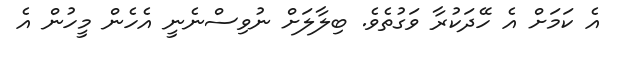
އެ ކަމަށް އެ ހޭދަކުރާ ވަގުތެވެ. ބިލާލަށް ނުވިސްނެނީ އެހެން މީހުން އެ